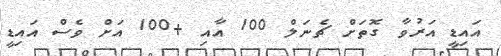
އައިޑީ އަރުވާ ގޮތަށް ޗެނަލް 100 އާއި +100 އަށް ވެސް އައިޑީ